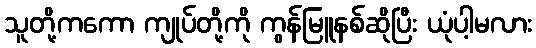
သူတို့ကကော ကျုပ်တို့ကို ကွန်မြူနစ်ဆိုပြီး ယုံပါ့မလား